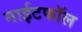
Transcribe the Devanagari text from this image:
नाईटफाॅल